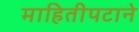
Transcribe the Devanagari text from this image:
माहितीपटाने